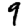
Digit: 9